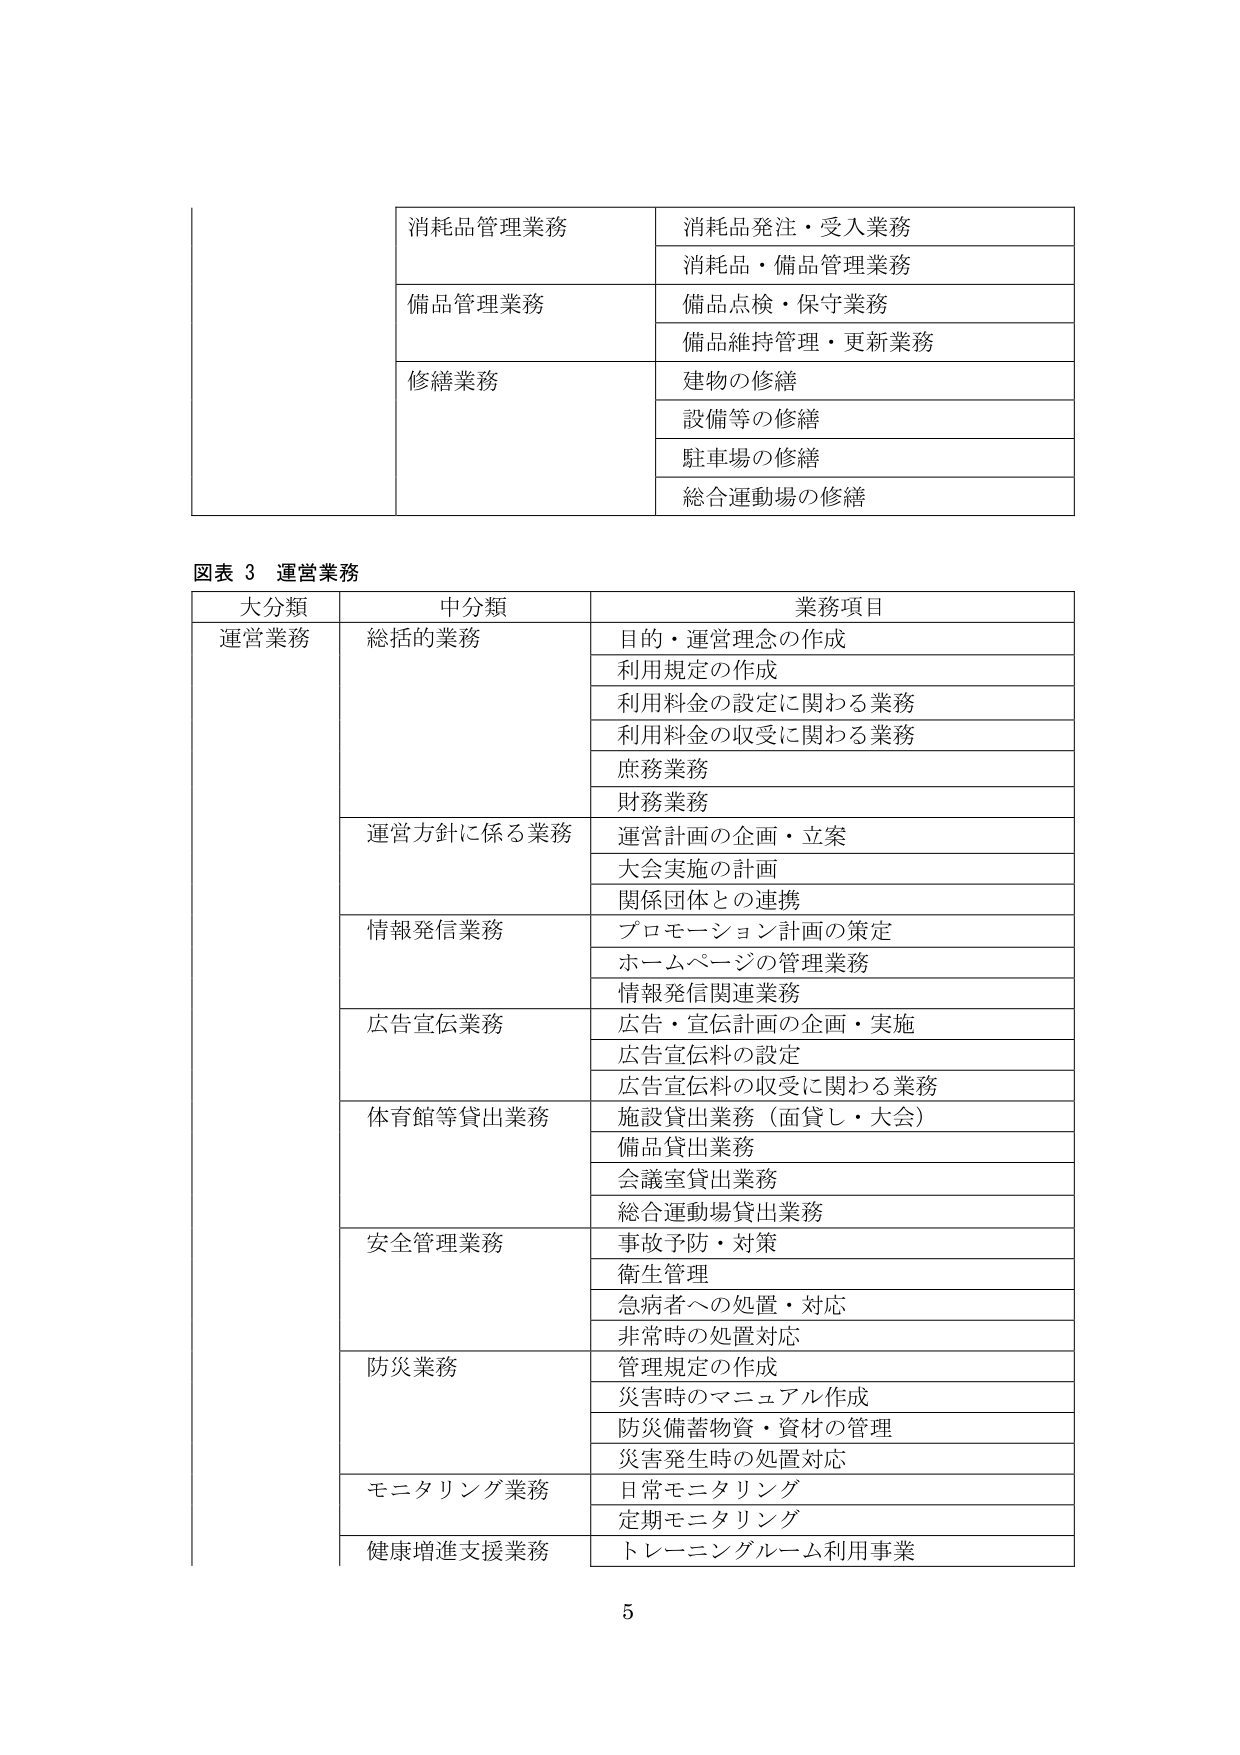
消耗品管理業務
消耗品発注・受入業務
消耗品・備品管理業務
備品管理業務
備品点検・保守業務
備品維持管理・更新業務
修繕業務
建物の修繕
設備等の修繕
駐車場の修繕
総合運動場の修繕

図表 3 運営業務
大分類　中分類　業務項目
運営業務　総括的業務　目的・運営理念の作成
　　　　　　　　　利用規定の作成
　　　　　　　　　利用料金の設定に関わる業務
　　　　　　　　　利用料金の収受に関わる業務
　　　　　　　　　庶務業務
　　　　　　　　　財務業務
　　　　　運営方針に係る業務　運営計画の企画・立案
　　　　　　　　　　　　　大会実施の計画
　　　　　　　　　　　　　関係団体との連携
　　　　　情報発信業務　プロモーション計画の策定
　　　　　　　　　　　ホームページの管理業務
　　　　　　　　　　　情報発信関連業務
　　　　　広告宣伝業務　広告・宣伝計画の企画・実施
　　　　　　　　　　　広告宣伝料の設定
　　　　　　　　　　　広告宣伝料の収受に関わる業務
　　　　　体育館等貸出業務　施設貸出業務（面貸し・大会）
　　　　　　　　　　　備品貸出業務
　　　　　　　　　　　会議室貸出業務
　　　　　　　　　　　総合運動場貸出業務
　　　　　安全管理業務　事故予防・対策
　　　　　　　　　　　衛生管理
　　　　　　　　　　　急病者への処置・対応
　　　　　　　　　　　非常時の処置対応
　　　　　防災業務　管理規定の作成
　　　　　　　　　災害時のマニュアル作成
　　　　　　　　　防災備蓄物資・資材の管理
　　　　　　　　　災害発生時の処置対応
　　　　　モニタリング業務　日常モニタリング
　　　　　　　　　　　定期モニタリング
　　　　　健康増進支援業務　トレーニングルーム利用事業

5